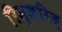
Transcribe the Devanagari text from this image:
रिन्करिज़